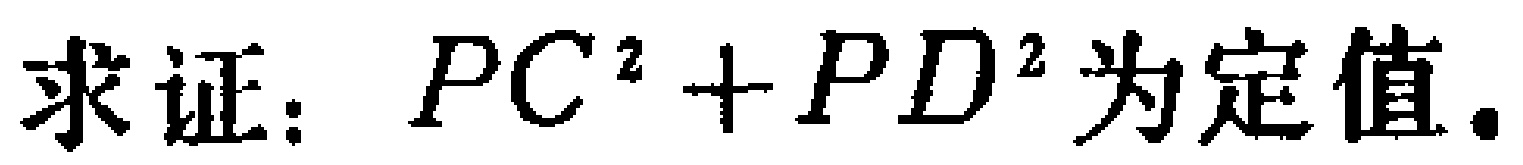
求证：\(PC^{2}+PD^{2}\)为定值.